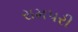
રામપરી